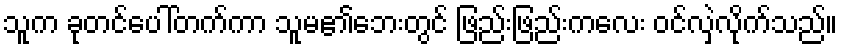
သူက ခုတင်ပေါ်တက်ကာ သူမ၏ဘေးတွင် ဖြည်းဖြည်းကလေး ဝင်လှဲလိုက်သည်။